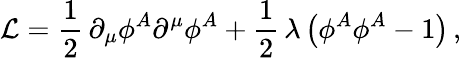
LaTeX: {\cal L}=\frac{1}{2}\, \partial_{\mu}\phi^{A}\partial^{\mu}\phi^{A}+\frac{1}{2}\, \lambda\, \bigl(\phi^{A}\phi^{A}-1\bigr)\, ,